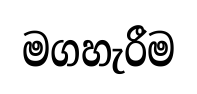
මගහැරීම